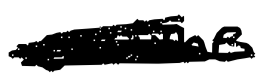
Text: anime
Cross-out: scratch
Writing tool: digital_black